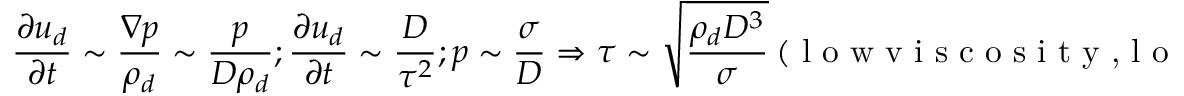
\frac { \partial u _ { d } } { \partial t } \sim \frac { \nabla p } { \rho _ { d } } \sim \frac { p } { D \rho _ { d } } ; \frac { \partial u _ { d } } { \partial t } \sim \frac { D } { \tau ^ { 2 } } ; p \sim \frac { \sigma } { D } \Rightarrow \tau \sim \sqrt { \frac { \rho _ { d } D ^ { 3 } } { \sigma } } ~ ( \textrm { l o w v i s c o s i t y , l o w s p e e d } )